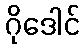
ဂိုဒေါင်